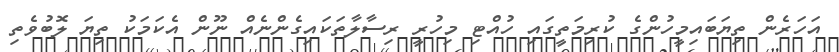
އަހަރެން ތިޔަބައިމީހުންގެ ކުރިމަތީގައި ހުއްޓި މިހުރީ ރިސާލާތަކައިގެންނެއް ނޫން އެކަމަކު ތިޔަ ލޮބުވެތި